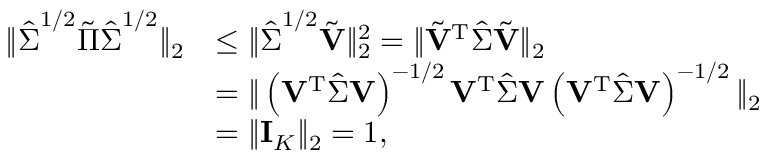
\begin{array} { r l } { \| \hat { \boldsymbol { \Sigma } } ^ { 1 / 2 } \tilde { \boldsymbol { \Pi } } \hat { \boldsymbol { \Sigma } } ^ { 1 / 2 } \| _ { 2 } } & { \leq \| \hat { \boldsymbol { \Sigma } } ^ { 1 / 2 } \tilde { \mathbf { V } } \| _ { 2 } ^ { 2 } = \| \tilde { \mathbf { V } } ^ { \mathrm { T } } \hat { \boldsymbol { \Sigma } } \tilde { \mathbf { V } } \| _ { 2 } } \\ & { = \| \left( \mathbf { V } ^ { \mathrm { T } } \hat { \boldsymbol { \Sigma } } \mathbf { V } \right) ^ { - 1 / 2 } \mathbf { V } ^ { \mathrm { T } } \hat { \boldsymbol { \Sigma } } \mathbf { V } \left( \mathbf { V } ^ { \mathrm { T } } \hat { \boldsymbol { \Sigma } } \mathbf { V } \right) ^ { - 1 / 2 } \| _ { 2 } } \\ & { = \| \mathbf { I } _ { K } \| _ { 2 } = 1 , } \end{array}